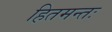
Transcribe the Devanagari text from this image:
हितमन्तः